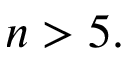
n > 5 .